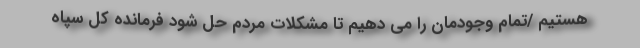
هستیم /تمام وجودمان را می دهیم تا مشکلات مردم حل شود فرمانده کل سپاه